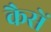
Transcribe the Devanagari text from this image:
कैसें